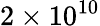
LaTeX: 2\times 10^{10}